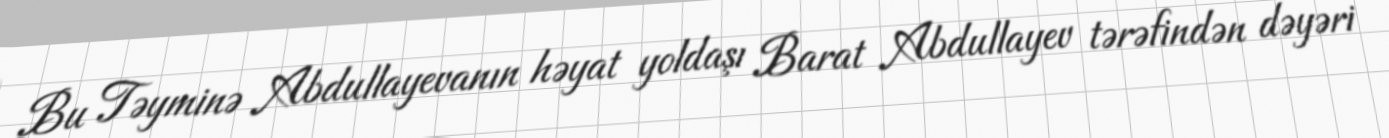
Bu Təyminə Abdullayevanın həyat yoldaşı Barat Abdullayev tərəfindən dəyəri